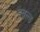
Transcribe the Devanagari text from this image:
डबल्ड